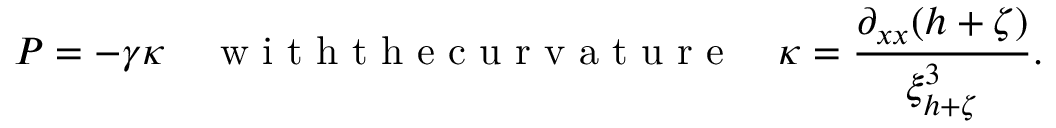
P = - \gamma \kappa \quad \mathrm { ~ w ~ i ~ t ~ h ~ t ~ h ~ e ~ c ~ u ~ r ~ v ~ a ~ t ~ u ~ r ~ e ~ } \quad \kappa = \frac { \partial _ { x x } ( h + \zeta ) } { \xi _ { h + \zeta } ^ { 3 } } .